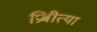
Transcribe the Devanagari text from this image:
प्रिबीत्या